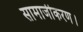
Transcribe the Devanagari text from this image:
सामाजीकरण।